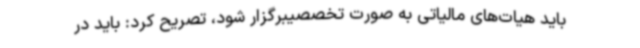
باید هیات‌های مالیاتی به‌ صورت تخصصیبرگزار شود، تصریح کرد: باید در